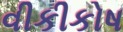
વીકીકોષ